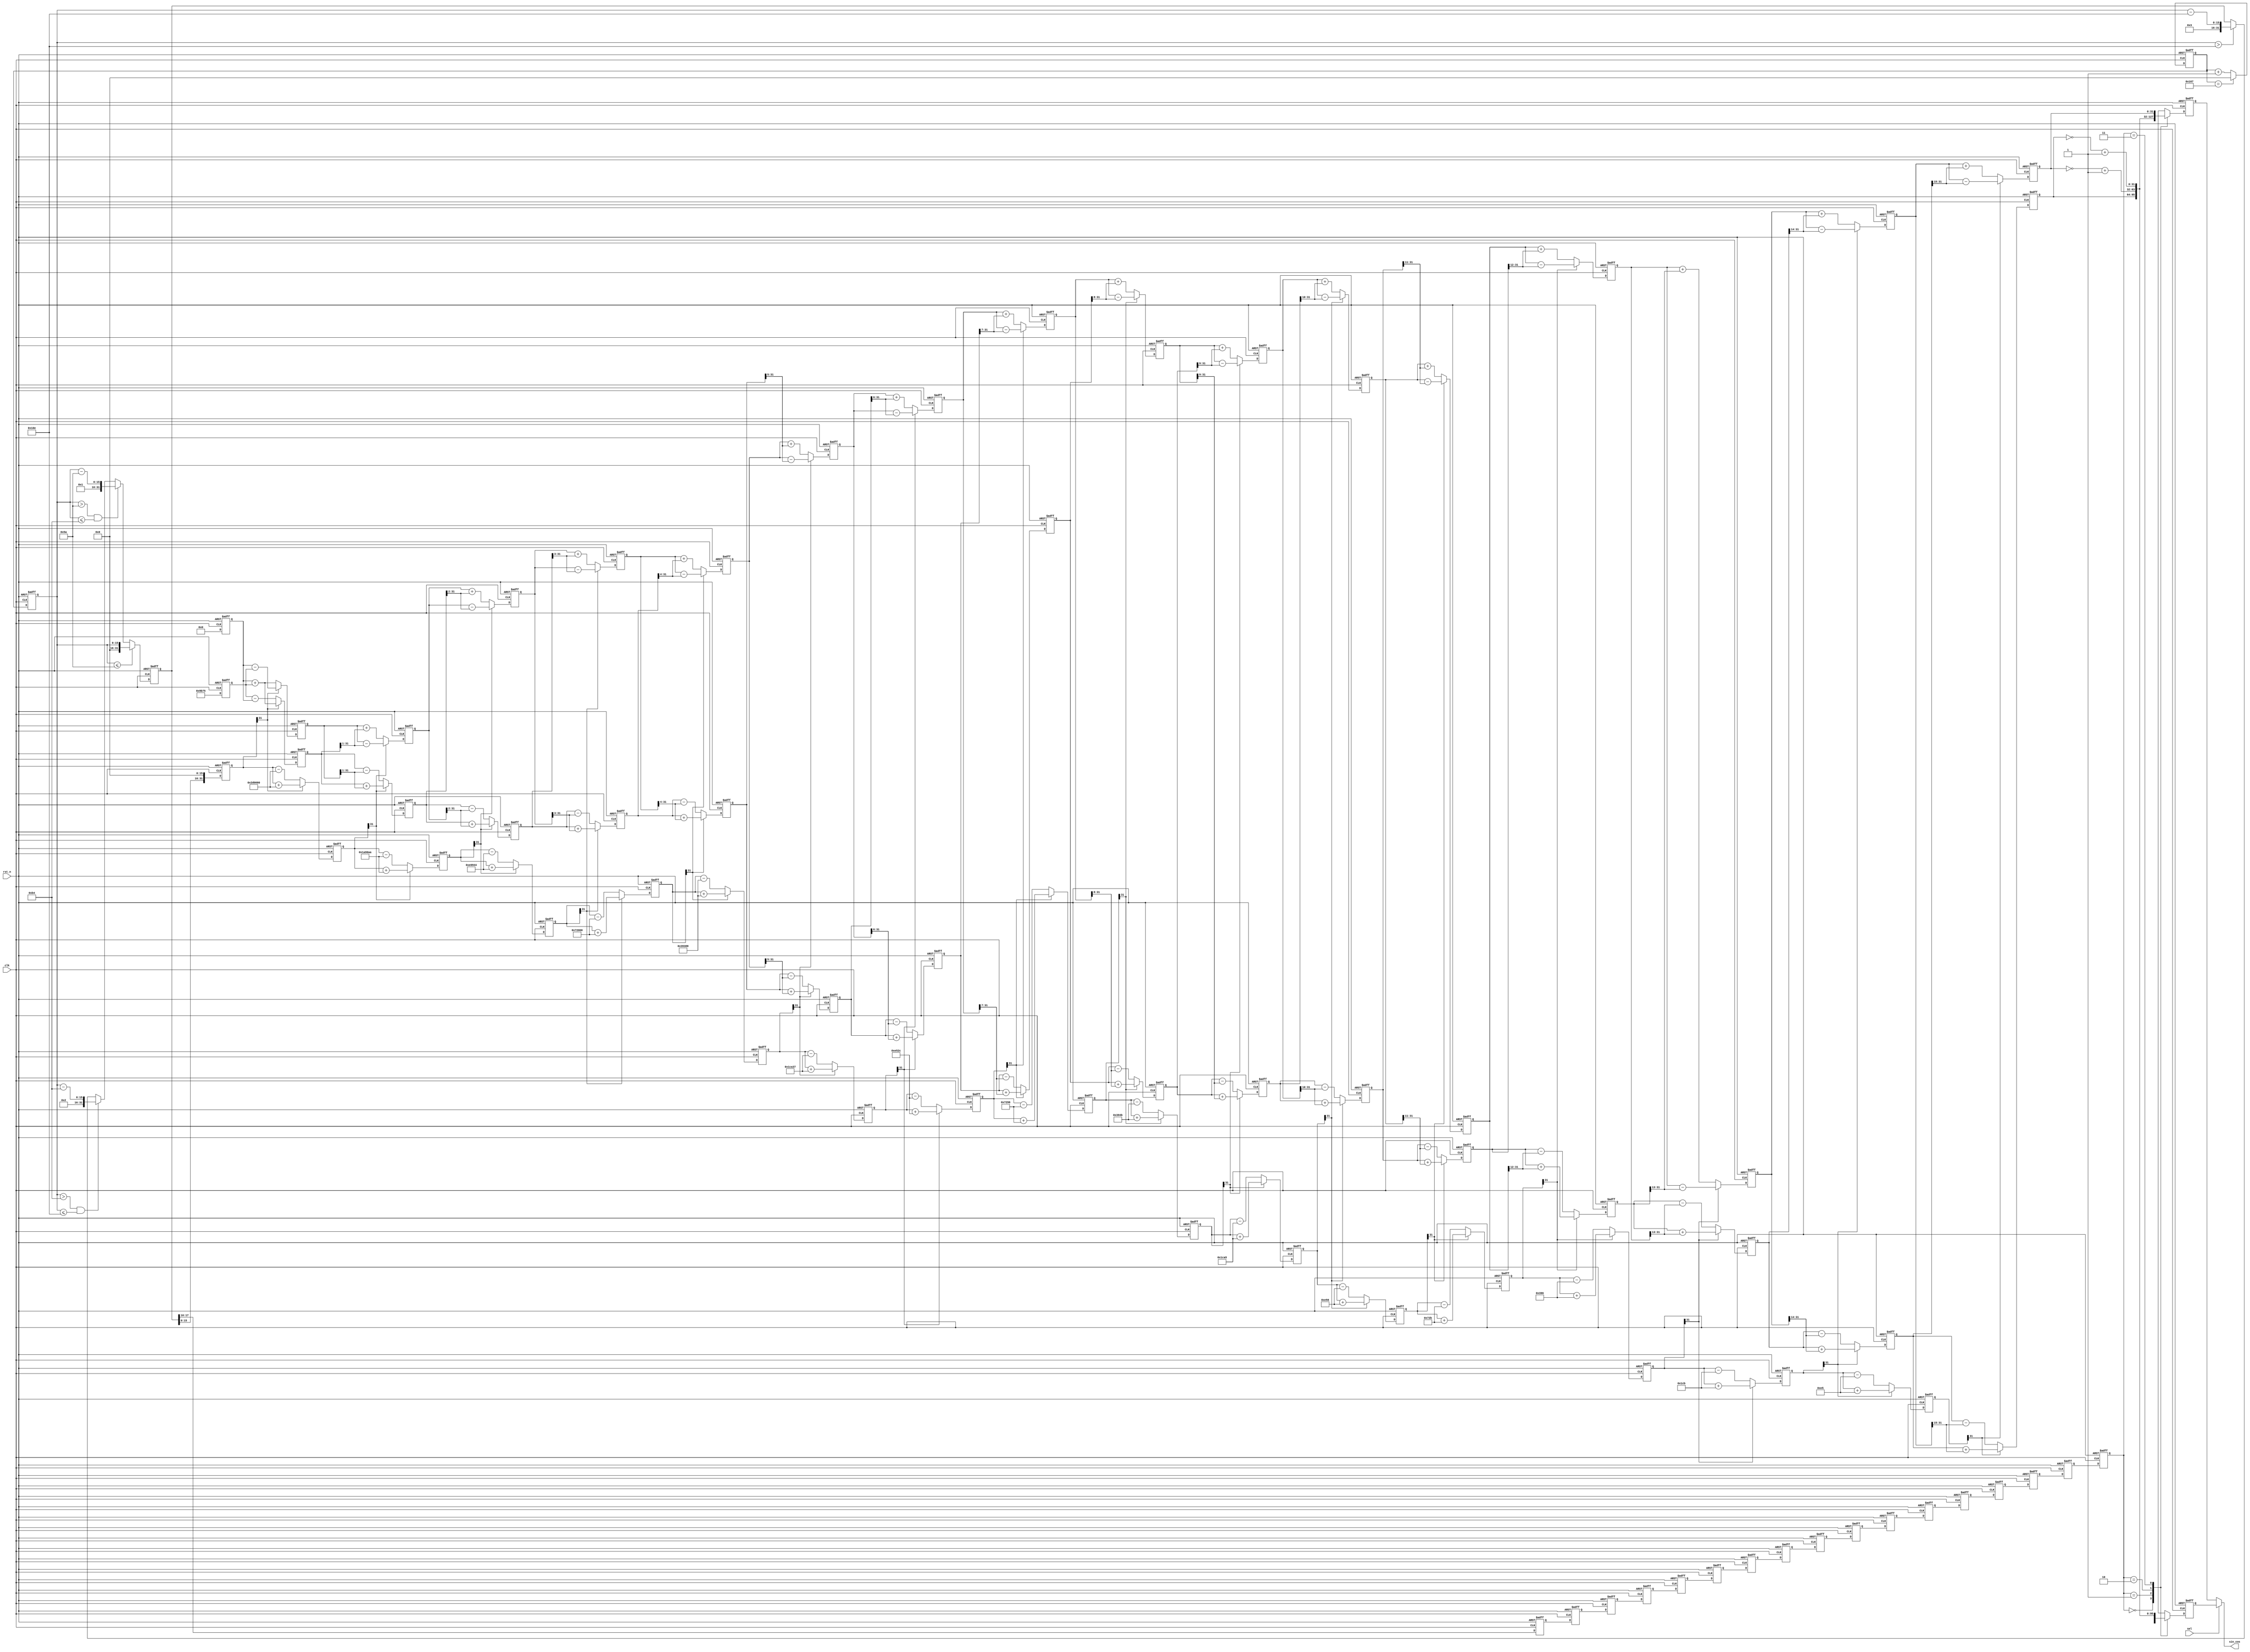
module Cordic_Cos_Sin(
	input 					clk,//50Mhz
	input					rst_n,
    input                   sel,
    output signed [31:0]    sin_cos
    );
	
//---------------------------------------------------------
//迭代16次的角度，为了避免浮点运算，将所有角度左移16位
parameter 	ROT0	=	32'd2949120,	//45度*2^16
			ROT1	=	32'd1740970,	//26.5651度*2^16
			ROT2	=	32'd919876,		//14.0362度*2^16
			ROT3	=	32'd466944,		//7.1250度*2^16
			ROT4	=	32'd234376,		//3.5763度*2^16
			ROT5	=	32'd117303,		//1.7899度*2^16
			ROT6	=	32'd58668,		//0.8952度*2^16
			ROT7	=	32'd29334,		//0.4476度*2^16
			ROT8	=	32'd14667,		//0.2238度*2^16
			ROT9	=	32'd7333,		//0.1119度*2^16
			ROT10	=	32'd3670,		//0.0560度*2^16
			ROT11	=	32'd1835,		//0.0280度*2^16
			ROT12	=	32'd918,		//0.0140度*2^16
			ROT13	=	32'd459,		//0.0070度*2^16
			ROT14	=	32'd229,		//0.0035度*2^16
			ROT15	=	32'd118;		//0.0018度*2^16

parameter	PIPELINE 	=	'd16;
parameter	KN			=	32'd39797;//KN迭代16次提取出的cosi成绩之和 * 2^16



//------------------------------
//16次迭代寄存器
//定义xi,yi为有符号数，最高位为符号位
reg signed 	[31:0]	x0, y0, z0;
reg signed 	[31:0]	x1, y1, z1;
reg signed 	[31:0]	x2, y2, z2;
reg signed 	[31:0]	x3, y3, z3;
reg signed 	[31:0]	x4, y4, z4;
reg signed 	[31:0]	x5, y5, z5;
reg signed 	[31:0]	x6, y6, z6;
reg signed 	[31:0]	x7, y7, z7;
reg signed 	[31:0]	x8, y8, z8;
reg signed 	[31:0]	x9, y9, z9;
reg signed 	[31:0]	x10, y10, z10;
reg signed 	[31:0]	x11, y11, z11;
reg signed 	[31:0]	x12, y12, z12;
reg signed 	[31:0]	x13, y13, z13;
reg signed 	[31:0]	x14, y14, z14;
reg signed 	[31:0]	x15, y15, z15;
reg signed 	[31:0]	x16, y16, z16;
reg 		[1:0]	quadrant[PIPELINE:0];
reg 		[31:0]	phase_r;
reg         [15:0]  phase;
reg	signed [31:0]	sin;//角度正弦输 
reg	signed [31:0]	cos;//角度余弦输出
reg             [15:0]      cnt;
reg             [15:0]      cnt_n;


always @ (posedge clk or negedge rst_n)
begin
    if(rst_n == 1'b0)
        cnt_n <= 'd0;
    else if(cnt_n == 16'd359)
        cnt_n <= 'd0;
    else
        cnt_n <= cnt_n + 1'b1;
end
/*
always @ (posedge clk or negedge rst_n)
begin
    if(!rst_n)
        cnt <= 1'b0;
    else
        cnt <= cnt_n;
end

*/

//生成相位0-359度,phase[17:16]为相位的象限,phase[15:10]为相位的值
always @ (posedge clk or negedge rst_n)
begin
    if(!rst_n)
        phase <= 1'b0;
    else
        phase <= cnt_n;
end


always @ (posedge clk or negedge rst_n)
begin
    if(rst_n == 1'b0)
        phase_r <= 'd0;
    else if(phase <= 16'd90)
        phase_r <= phase;
    else if(phase > 16'd90 && phase <= 16'd180)
        phase_r <= {2'd01,phase - 16'd90};
    else if(phase > 16'd180 && phase <= 16'd270)
        phase_r <= {2'd10,phase - 16'd180};
    else if(phase > 16'd270)
        phase_r <= {2'd11,phase - 16'd270};
end
//-------------------------------------------
////di与yi方向相同
//xi+1 = xi - di * yi / 2^i 相当于右移
//yi+1 = yi + di * xi / 2^i
//zi+1 = zi - di * phasei
//------------------------------------------
//initial
//设置初始值x0 = kn, y0 = 0,z0 = phase,16次迭代后xn = cos(a), yn = sin(a)
always @(posedge clk or negedge rst_n)begin
	if(!rst_n)begin
		x0 <= 'd0;
		y0 <= 'd0;
		z0 <= 'd0;
	end
	else begin 
		x0 <= KN;
		y0 <= 'd0;
		z0 <= phase_r << 16;//将所有的运算数据都左移16位
	end
end
//iteration1
always @(posedge clk or negedge rst_n)begin
	if(!rst_n)begin
		x1 <= 'd0;
		y1 <= 'd0;
		z1 <= 'd0;
	end
	else if(z0[31] == 1'b0)begin
		x1 <= x0 - y0;
		y1 <= y0 + x0;
		z1 <= z0 - ROT0;
	end
	else begin//z0[31] == 1'b1
		x1 <= x0 + y0;
		y1 <= y0 - x0;
		z1 <= z0 + ROT0;
	end
end
//iteration2		
always @(posedge clk or negedge rst_n)begin
	if(!rst_n)begin
		x2 <= 'd0;
		y2 <= 'd0;
		z2 <= 'd0;
	end
	else if(z1[31] == 1'b0)begin
		x2 <= x1 - (y1 >>> 1);
		y2 <= y1 + (x1 >>> 1);
		z2 <= z1 - ROT1;
	end
	else begin//z1[31] == 1'b1
		x2 <= x1 + (y1 >>> 1);
		y2 <= y1 - (x1 >>> 1);
		z2 <= z1 + ROT1;
	end
end
//iteration3	
always @(posedge clk or negedge rst_n)begin
	if(!rst_n)begin
		x3 <= 'd0;
		y3 <= 'd0;
		z3 <= 'd0;
	end
	else if(z2[31] == 1'b0)begin
		x3 <= x2 - (y2 >>> 2);
		y3 <= y2 + (x2 >>> 2);
		z3 <= z2 - ROT2;
	end
	else begin//z2[31] == 1'b1
		x3 <= x2 + (y2 >>> 2);
		y3 <= y2 - (x2 >>> 2);
		z3 <= z2 + ROT2;
	end
end
//iteration4		
always @(posedge clk or negedge rst_n)begin
	if(!rst_n)begin
		x4 <= 'd0;
		y4 <= 'd0;
		z4 <= 'd0;
	end
	else if(z3[31] == 1'b0)begin
		x4 <= x3 - (y3 >>> 3);
		y4 <= y3 + (x3 >>> 3);
		z4 <= z3 - ROT3;
	end
	else begin//z3[31] == 1'b1
		x4 <= x3 + (y3 >>> 3);
		y4 <= y3 - (x3 >>> 3);
		z4 <= z3 + ROT3;
	end
end
//iteration5		
always @(posedge clk or negedge rst_n)begin
	if(!rst_n)begin
		x5 <= 'd0;
		y5 <= 'd0;
		z5 <= 'd0;
	end
	else if(z4[31] == 1'b0)begin
		x5 <= x4 - (y4 >>> 4);
		y5 <= y4 + (x4 >>> 4);
		z5 <= z4 - ROT4;
	end
	else begin//z4[31] == 1'b1
		x5 <= x4 + (y4 >>> 4);
		y5 <= y4 - (x4 >>> 4);
		z5 <= z4 + ROT4;
	end
end
//iteration6		
always @(posedge clk or negedge rst_n)begin
	if(!rst_n)begin
		x6 <= 'd0;
		y6 <= 'd0;
		z6 <= 'd0;
	end
	else if(z5[31] == 1'b0)begin
		x6 <= x5 - (y5 >>> 5);
		y6 <= y5 + (x5 >>> 5);
		z6 <= z5 - ROT5;
	end
	else begin//z5[31] == 1'b1
		x6 <= x5 + (y5 >>> 5);
		y6 <= y5 - (x5 >>> 5);
		z6 <= z5 + ROT5;
	end
end
//iteration7		
always @(posedge clk or negedge rst_n)begin
	if(!rst_n)begin
		x7 <= 'd0;
		y7 <= 'd0;
		z7 <= 'd0;
	end
	else if(z6[31] == 1'b0)begin
		x7 <= x6 - (y6 >>> 6);
		y7 <= y6 + (x6 >>> 6);
		z7 <= z6 - ROT6;
	end
	else begin//z6[31] == 1'b1
		x7 <= x6 + (y6 >>> 6);
		y7 <= y6 - (x6 >>> 6);
		z7 <= z6 + ROT6;
	end
end
//iteration8		
always @(posedge clk or negedge rst_n)begin
	if(!rst_n)begin
		x8 <= 'd0;
		y8 <= 'd0;
		z8 <= 'd0;
	end
	else if(z7[31] == 1'b0)begin
		x8 <= x7 - (y7 >>> 7);
		y8 <= y7 + (x7 >>> 7);
		z8 <= z7 - ROT7;
	end
	else begin//z7[31] == 1'b1
		x8 <= x7 + (y7 >>> 7);
		y8 <= y7 - (x7 >>> 7);
		z8 <= z7 + ROT7;
	end
end
//iteration9		
always @(posedge clk or negedge rst_n)begin
	if(!rst_n)begin
		x9 <= 'd0;
		y9 <= 'd0;
		z9 <= 'd0;
	end
	else if(z8[31] == 1'b0)begin
		x9 <= x8 - (y8 >>> 8);
		y9 <= y8 + (x8 >>> 8);
		z9 <= z8 - ROT8;
	end
	else begin//z8[31] == 1'b1
		x9 <= x8 + (y8 >>> 8);
		y9 <= y8 - (x8 >>> 8);
		z9 <= z8 + ROT8;
	end
end
//iteration10		
always @(posedge clk or negedge rst_n)begin
	if(!rst_n)begin
		x10 <= 'd0;
		y10 <= 'd0;
		z10 <= 'd0;
	end
	else if(z9[31] == 1'b0)begin
		x10 <= x9 - (y9 >>> 9);
		y10 <= y9 + (x9 >>> 9);
		z10 <= z9 - ROT9;
	end
	else begin//z9[31] == 1'b1
		x10 <= x9 + (y9 >>> 9);
		y10 <= y9 - (x9 >>> 9);
		z10 <= z9 + ROT9;
	end
end
//iteration11		
always @(posedge clk or negedge rst_n)begin
	if(!rst_n)begin
		x11 <= 'd0;
		y11 <= 'd0;
		z11 <= 'd0;
	end
	else if(z10[31] == 1'b0)begin
		x11 <= x10 - (y10 >>> 10);
		y11 <= y10 + (x10 >>> 10);
		z11 <= z10 - ROT10;
	end
	else begin//z10[31] == 1'b1
		x11 <= x10 + (y10 >>> 10);
		y11 <= y10 - (x10 >>> 10);
		z11 <= z10 + ROT10;
	end
end
//iteration12		
always @(posedge clk or negedge rst_n)begin
	if(!rst_n)begin
		x12 <= 'd0;
		y12 <= 'd0;
		z12 <= 'd0;
	end
	else if(z11[31] == 1'b0)begin
		x12 <= x11 - (y11 >>> 11);
		y12 <= y11 + (x11 >>> 11);
		z12 <= z11 - ROT11;
	end
	else begin//z11[31] == 1'b1
		x12 <= x11 + (y11 >>> 11);
		y12 <= y11 - (x11 >>> 11);
		z12 <= z11 + ROT11;
	end
end
//iteration13		
always @(posedge clk or negedge rst_n)begin
	if(!rst_n)begin
		x13 <= 'd0;
		y13 <= 'd0;
		z13 <= 'd0;
	end
	else if(z12[31] == 1'b0)begin
		x13 <= x12 - (y12 >>> 12);
		y13 <= y12 + (x12 >>> 12);
		z13 <= z12 - ROT12;
	end
	else begin//z12[31] == 1'b1
		x13 <= x12 + (y12 >>> 12);
		y13 <= y12 - (x12 >>> 12);
		z13 <= z12 + ROT12;
	end
end
//iteration14		
always @(posedge clk or negedge rst_n)begin
	if(!rst_n)begin
		x14 <= 'd0;
		y14 <= 'd0;
		z14 <= 'd0;
	end
	else if(z13[31] == 1'b0)begin
		x14 <= x13 - (y13 >>> 13);
		y14 <= y13 + (x13 >>> 13);
		z14 <= z13 - ROT13;
	end
	else begin//z13[31] == 1'b1
		x14 <= x13 + (y13 >>> 13);
		y14 <= y13 - (x13 >>> 13);
		z14 <= z13 + ROT13;
	end
end
//iteration15	
always @(posedge clk or negedge rst_n)begin
	if(!rst_n)begin
		x15 <= 'd0;
		y15 <= 'd0;
		z15 <= 'd0;
	end
	else if(z14[31] == 1'b0)begin
		x15 <= x14 - (y14 >>> 14);
		y15 <= y14 + (x14 >>> 14);
		z15 <= z14 - ROT14;
	end
	else begin//z14[31] == 1'b1
		x15 <= x14 + (y14 >>> 14);
		y15 <= y14 - (x14 >>> 14);
		z15 <= z14 + ROT14;
	end
end
//iteration16		
always @(posedge clk or negedge rst_n)begin
	if(!rst_n)begin
		x16 <= 'd0;
		y16 <= 'd0;
		z16 <= 'd0;
	end
	else if(z15[31] == 1'b0)begin
		x16 <= x15 - (y15 >>> 15);
		y16 <= y15 + (x15 >>> 15);
		z16 <= z15 - ROT15;
	end
	else begin//z15[31] == 1'b1
		x16 <= x15 + (y15 >>> 15);
		y16 <= y15 - (x15 >>> 15);
		z16 <= z15 + ROT15;
	end
end
//-----------------------------------------
//判断输入角度在哪一象限 lag 16clk
always @(posedge clk or negedge rst_n)begin
	if(!rst_n)begin
		quadrant[0]	 <= 'b0;
		quadrant[1]	 <= 'b0;
		quadrant[2]	 <= 'b0;
		quadrant[3]	 <= 'b0;
		quadrant[4]	 <= 'b0;
		quadrant[5]	 <= 'b0;
		quadrant[6]	 <= 'b0;
		quadrant[7]	 <= 'b0;
		quadrant[8]	 <= 'b0;
		quadrant[9]	 <= 'b0;
		quadrant[10] <= 'b0;
		quadrant[11] <= 'b0;
		quadrant[12] <= 'b0;
		quadrant[13] <= 'b0;
		quadrant[14] <= 'b0;
		quadrant[15] <= 'b0;
		quadrant[16] <= 'b0;
	end
	else begin//通过输入角度的最高两位判断角度所在象限的位置
		quadrant[0]	 <= phase_r[17:16];
		quadrant[1]	 <= quadrant[0];
		quadrant[2]	 <= quadrant[1];
		quadrant[3]	 <= quadrant[2];
		quadrant[4]	 <= quadrant[3];
		quadrant[5]	 <= quadrant[4];
		quadrant[6]	 <= quadrant[5];
		quadrant[7]	 <= quadrant[6];
		quadrant[8]	 <= quadrant[7];
		quadrant[9]	 <= quadrant[8];
		quadrant[10] <= quadrant[9];
		quadrant[11] <= quadrant[10];
		quadrant[12] <= quadrant[11];
		quadrant[13] <= quadrant[12];
		quadrant[14] <= quadrant[13];
		quadrant[15] <= quadrant[14];
		quadrant[16] <= quadrant[15];
	end
end
//------------------------------------------
//设置初始值x0 = kn, y0 = 0,16次迭代后x16 = cos(a), y16 = sin(a)	
always @(posedge clk or negedge rst_n)begin
	if(!rst_n)begin
		cos <= 'b0;
		sin <= 'b0;
	end
	else begin
		case(quadrant[16])
		//如果角度在第一象限，sin(x) = sin(a),cos(x) = sin(a)
		2'b00:begin
			cos <= x16;
			sin <= y16;
		end
		//如果角度在第二象限，sin(x) = sin(a+90) = cos(a),cos(x) = cos(a+90) = -sin(a) 
		2'b01:begin
			cos <= ~(y16) + 1'b1;//取反加一，表有符号数
			sin <= x16;
		end
		//如果角度在第三象限，sin(x) = sin(a+180) = -sin(a),cos(x) = cos(a+180) = -cos(a)
		2'b10:begin
			cos <= ~(x16) + 1'b1;
			sin <= ~(y16) + 1'b1;
		end
		//如果角度在第四象限，sin(x) = sin(a+270) = cos(a),cos(x) = cos(a+270) = -sin(a)
		2'b11:begin
			cos <= y16;
			sin <= ~(x16) + 1'b1;
		end
		default:begin
			cos <= 'b0;
			sin <= 'b0;
		end
		endcase
	end
end

assign  sin_cos = (sel == 1'b1)? sin : cos;

endmodule